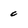
Character: c